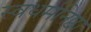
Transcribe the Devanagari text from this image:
स्वधर्मनिष्ठा